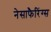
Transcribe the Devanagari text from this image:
नेसाफैरिंग्स